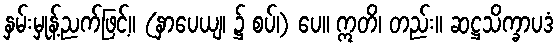
နှမ်းမှုန့်ညက်ဖြင့်။ (နှာပေယျ၊ ၌ စပ်၊) ပေ။ ဣတိ၊ တည်း။ ဆဋ္ဌသိက္ခာပဒံ